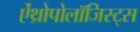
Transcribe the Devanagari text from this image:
ऐंथ्रोपोलॉजिस्ट्स